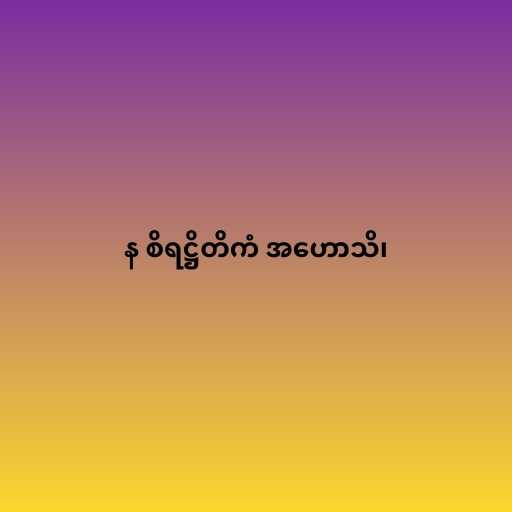
န စိရဋ္ဌိတိကံ အဟောသိ၊